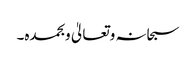
سبحانہ وتعالیٰ وبحمدہ۔